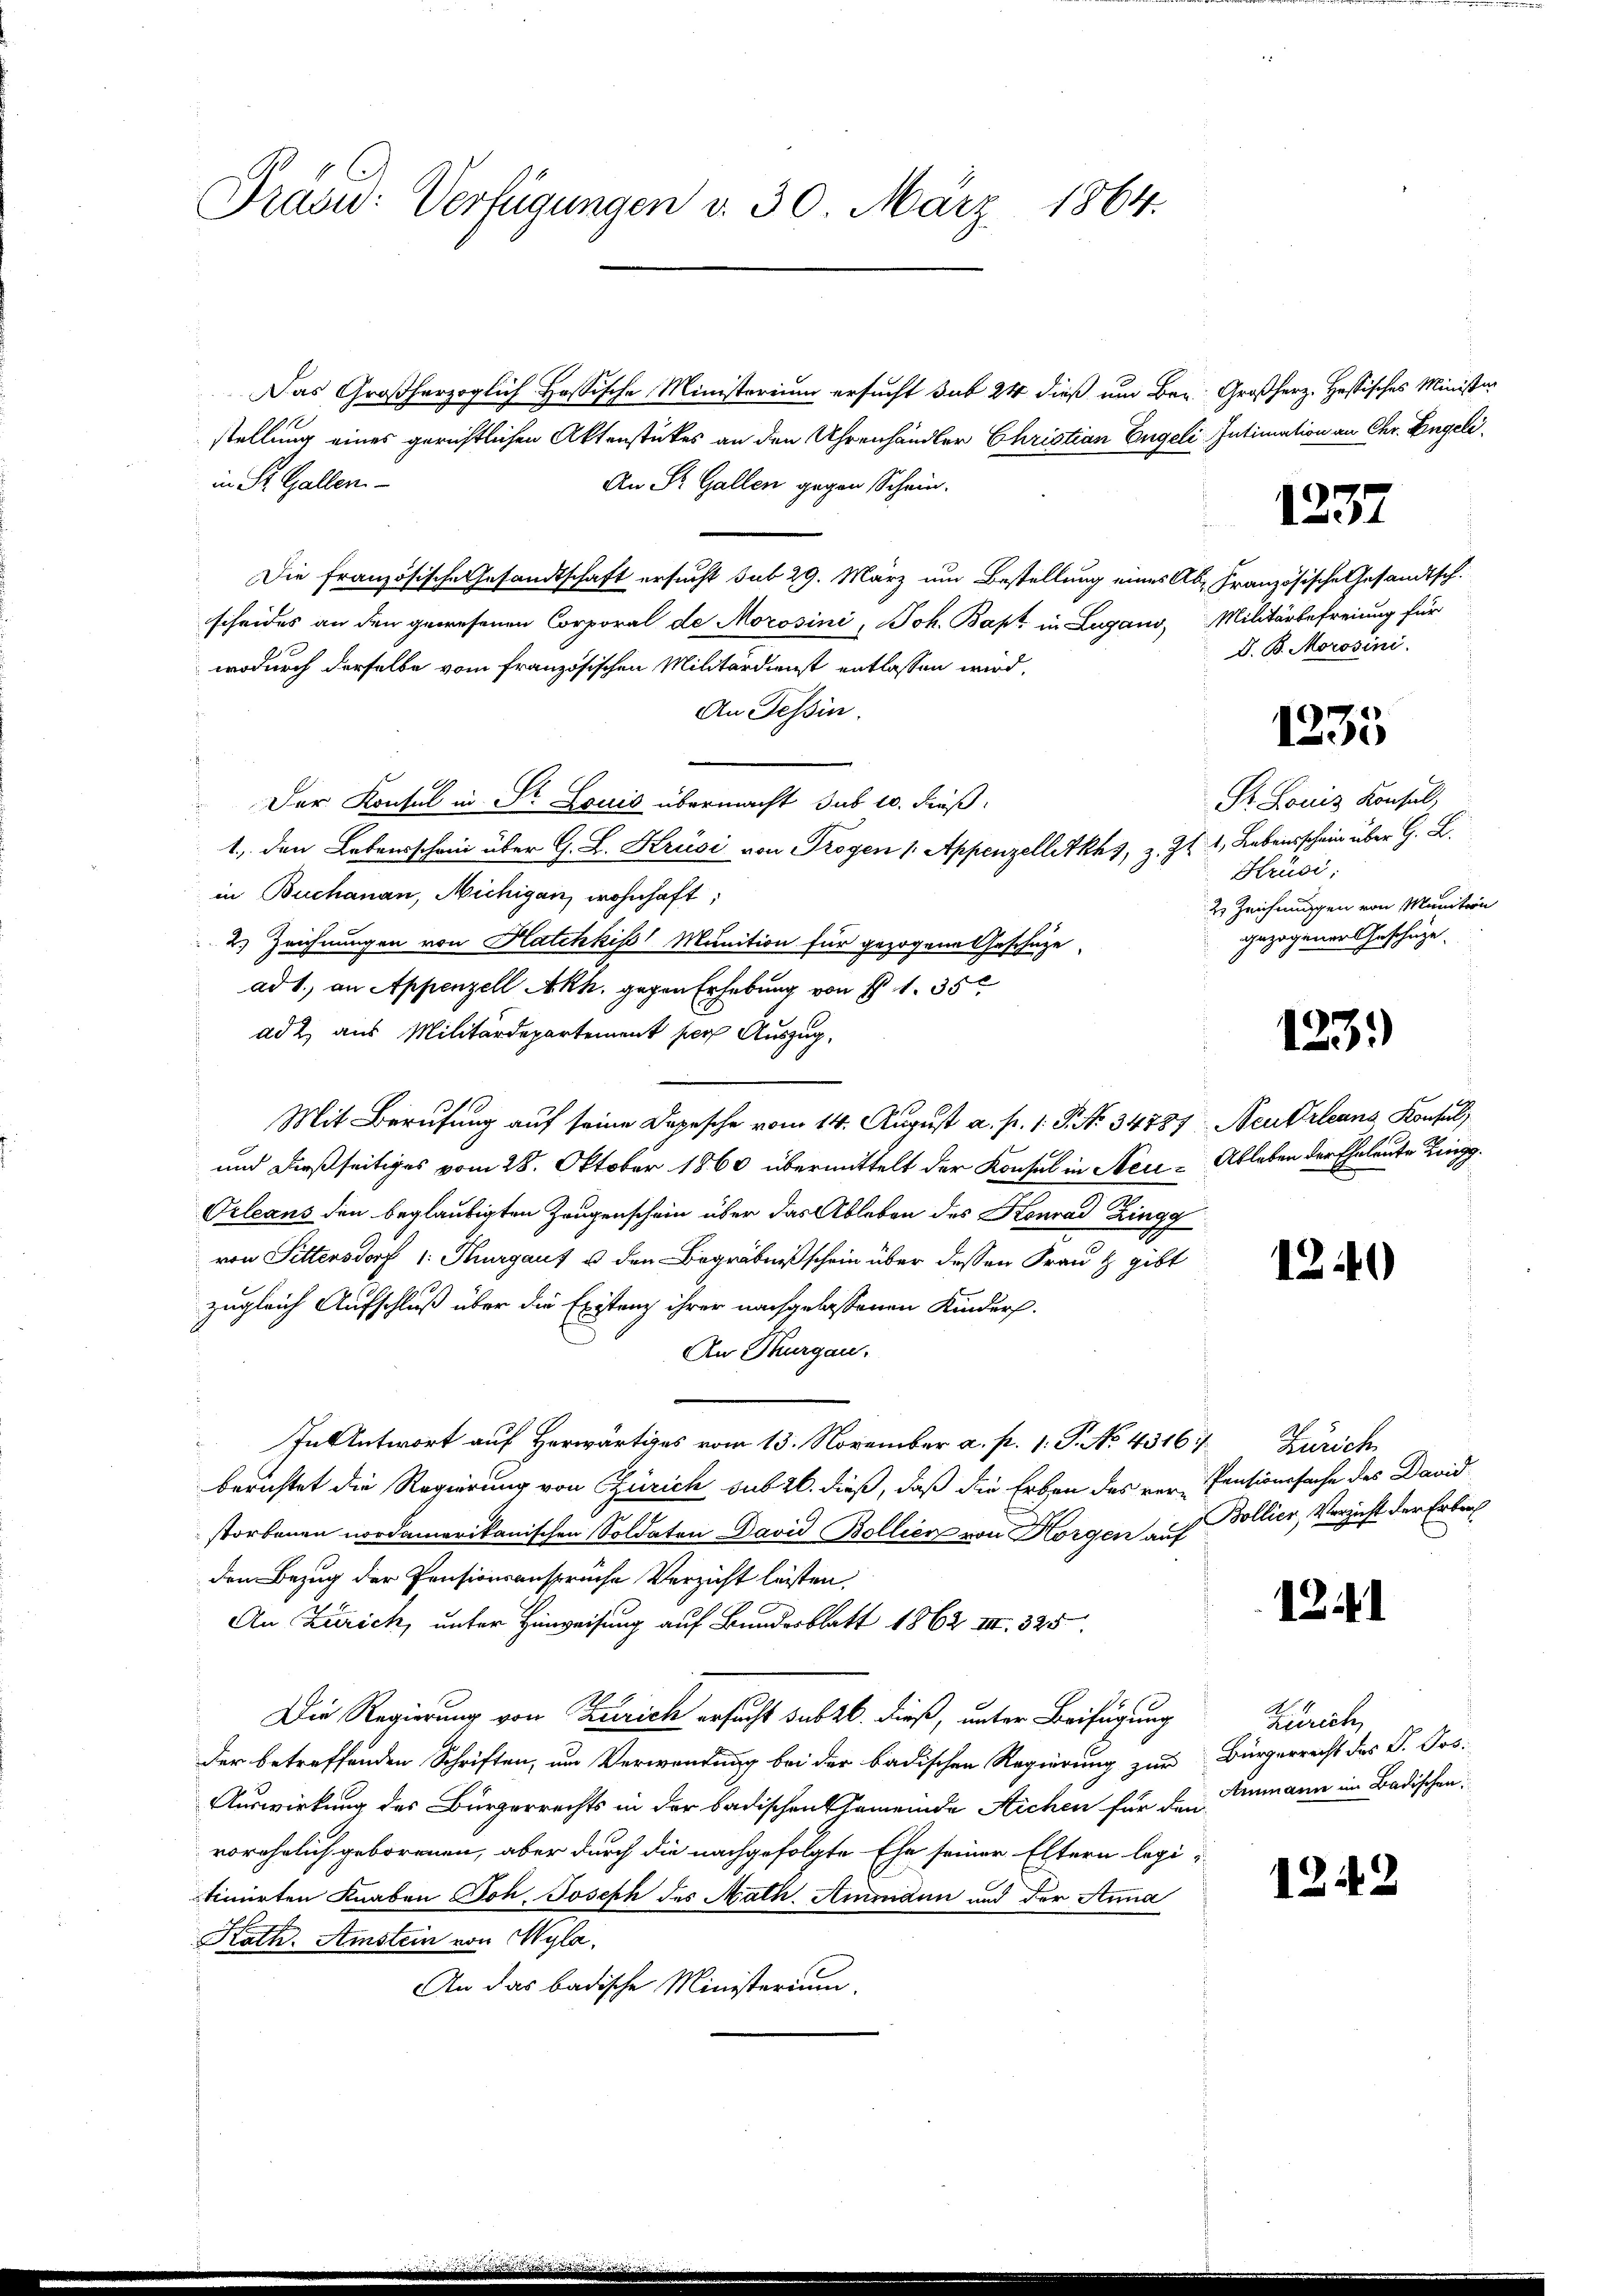
Präsid: Verfügungen v. 30. März 1864.

Das Großherzoglich Hassische Ministerium ersucht sub 24 dieß um Bez. Großherz. Hessisches Minister
stellung eines gerichtlichen Aktenstückes an den Uhrenhändler Christian Engeli. Intimation an Chr. Engeli
in St. Gallen.
An St. Gallen gegen Schein.
Die französische Gesandtschaft ersucht sub 29. März um Bestellung eines Ab- Französische Gesandtsch.
scheides an den gewesenen Corporal de Morosini, Joh. Bapt in Lugano, Militärbefreiung für
wodurch derselbe vom französischen Militärdienst entlassen wird.
An Tessin.
Der Konsul in Str. Louis übermacht sub 10. dieß
1., den Lebensschani über G. L. Krusi von Trogen 1. Appenzelletkhs, z. Z. 1, Lebensschein über G. L.
in Buchanan, Michigan, wohnhaft;
2. Zeichnungen von Hatchkiss Munition für gezogene Geschäze
ad 1., an Appenzell Akh. gegen Erhebung von § 1. 35
ad 2) aus Militärdepartement per Auszug,
Mit Berufung auf seine Depesche vom 14. August a. p. 1. P. No. 34887, Neukrleans Konsul
und dießseitiges vom 28. Oktober 1860 übermittelt der Konsul in Neu-Ableben der Eheleute Zingg
Orleans den beglaubigten Zeugenschein über das Ableben des Konrad Zingg
von Sittersdorf 1: Thurgaut u den Begräbnißschein über dessen Frau & gibt
zugleich Aufschluß über die Existenz ihrer nachgelassenen Kinders.
An Thurgau.
In Antwort auf Herwärtiges vom 13. November a. p. 1. P. No. 4316/
berichtet die Regierung von Zürich sub 26. dieß, daß die Erben des ver-Pensionssache des David
storbenen nordamerikanischen Soldaten David Bollier von Horgen auf Bollier, Verzicht der Erbe
den Bezug der Pensionsansprüche Verzicht leisten,
An Zürich, unter Hinweisung auf Bundesblatt 1862 III. 325
Die Regierung von Zürich ersucht subtb. dieß, unter Beifügung
der betreffenden Schriften, um Verwendung bei der badischen Regierung zur Bürgerrecht des P. Jos.
Auswirkung des Bürgerrechts in der badischen Gemeinde Sichen für den Ammann im Badischen.
vorehelich geborenen, aber durch die nachgefolgte Ehe seiner Eltern legi-
timirten Knaben Joh. Joseph des Math. Aminden und der Anna
Rath. Amstein von Wyla,
An das badische Ministerium.

1237

D. B. Morosini.

1235

Dr. Louis Konsul,
Krüsi:
2. Zeichnungen von Munitern
gezogener Geschüze.

123.)

1240)

Zürich

1241

Zürich,

1242